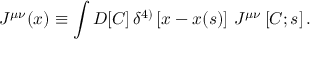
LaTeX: J ^ { \mu \nu } ( x ) \equiv \int D [ C ] \, \delta ^ { 4 ) } \left[ x - x ( s ) \right] \, J ^ { \mu \nu } \left[ C ; s \right] .